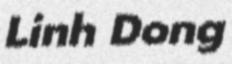
Linh Dong